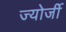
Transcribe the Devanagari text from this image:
ज्योर्जी